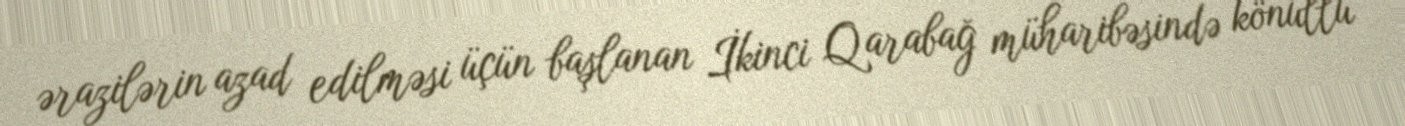
ərazilərin azad edilməsi üçün başlanan İkinci Qarabağ müharibəsində könüllü